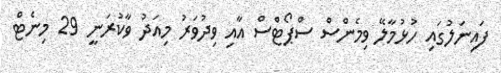
ފައިނަލުގައި ހުޅުމާލޭ ވިމެންސް ސްޕޯޓްސް އާއި ވިދުވަރު މިއަދު ވާކުރަނީ 29 މިނެޓް